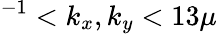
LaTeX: ^{-1}<k_{x},k_{y}<13\mu